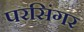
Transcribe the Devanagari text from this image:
परसिंगर